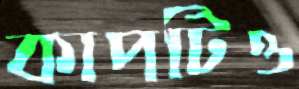
কাপটিও